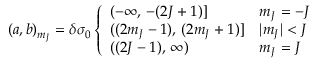
( a , b ) _ { m _ { J } } = \delta \sigma _ { 0 } \left\{ \begin{array} { l l } { ( - \infty , \, - ( 2 J + 1 ) ] } & { m _ { J } = - J } \\ { ( ( 2 m _ { J } - 1 ) , \, ( 2 m _ { J } + 1 ) ] } & { | m _ { J } | < J } \\ { ( ( 2 J - 1 ) , \, \infty ) } & { m _ { J } = J } \end{array} \right.